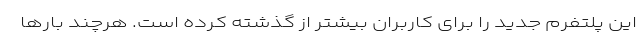
این پلتفرم جدید را برای کاربران بیشتر از گذشته کرده است. هرچند بارها